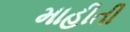
માહીતી